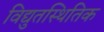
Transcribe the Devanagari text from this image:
विद्युतस्थितिक